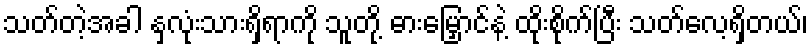
သတ်တဲ့အခါ နှလုံးသားရှိရာကို သူတို့ ဓားမြှောင်နဲ့ ထိုးစိုက်ပြီး သတ်လေ့ရှိတယ်၊